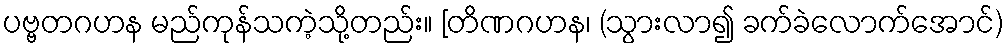
ပဗ္ဗတဂဟန မည်ကုန်သကဲ့သို့တည်း။ [တိဏဂဟန၊ (သွားလာ၍ ခက်ခဲလောက်အောင်)